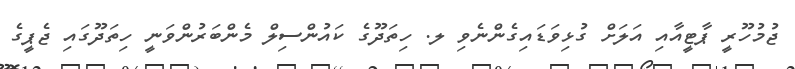
ޖުމުހޫރީ ޕާޓީއާއި އަލަށް ގުޅިވަޑައިގެންނެވި ލ. ހިތަދޫގެ ކައުންސިލް މެންބަރުންވަނީ ހިތަދޫގައި ޖެޕީގެ